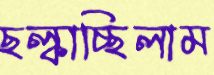
ছল্‌কাচ্ছিলাম